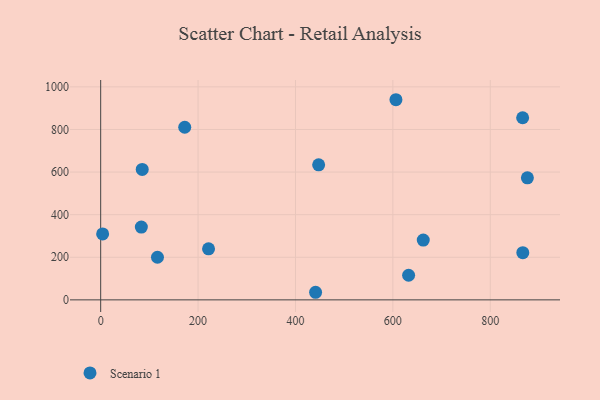
{"axis": {"x": "Investment", "y": "Yield"}, "legend": ["Scenario 1"], "data": [{"x": "606.3", "y": 939.7, "type": "Scenario 1"}, {"x": "632.3", "y": 115.6, "type": "Scenario 1"}, {"x": "662.4", "y": 280.8, "type": "Scenario 1"}, {"x": "83.5", "y": 341.7, "type": "Scenario 1"}, {"x": "866.8", "y": 221.5, "type": "Scenario 1"}, {"x": "4.0", "y": 309.5, "type": "Scenario 1"}, {"x": "866.5", "y": 855.0, "type": "Scenario 1"}, {"x": "441.3", "y": 35.6, "type": "Scenario 1"}, {"x": "447.6", "y": 634.0, "type": "Scenario 1"}, {"x": "172.6", "y": 810.4, "type": "Scenario 1"}, {"x": "85.3", "y": 612.3, "type": "Scenario 1"}, {"x": "876.2", "y": 572.9, "type": "Scenario 1"}, {"x": "116.6", "y": 200.1, "type": "Scenario 1"}, {"x": "221.5", "y": 239.6, "type": "Scenario 1"}]}